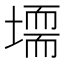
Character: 𡑂